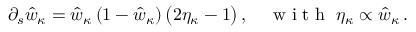
\partial _ { s } \hat { w } _ { \kappa } = \hat { w } _ { \kappa } \, ( 1 - \hat { w } _ { \kappa } ) \, \big ( 2 \eta _ { \kappa } - 1 \big ) \, , \quad \mathrm { ~ w ~ i ~ t ~ h ~ } \; \eta _ { \kappa } \propto \hat { w } _ { \kappa } \, .